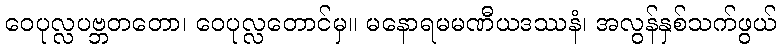
ဝေပုလ္လပဗ္ဘတတော၊ ဝေပုလ္လတောင်မှ။ မနောရမမဏီယဒဿနံ၊ အလွန်နှစ်သက်ဖွယ်